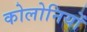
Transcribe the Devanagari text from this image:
कोलोनियों